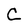
Character: C